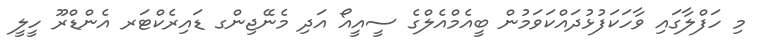
މި ހަފްލާގައި ވާހަކަފުޅުދައްކަވަމުން ބީއެމްއެލްގެ ސީއީއޯ އަދި މެނޭޖިންގ ޑައިރެކްޓަރ އެންޑްރޫ ހީލީ